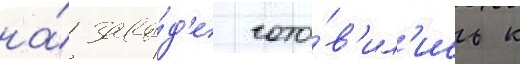
на́ заво́д'е гото́в'ил'ись к